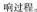
响过程。